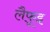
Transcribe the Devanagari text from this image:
लैफूइ